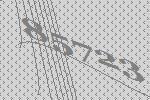
85723